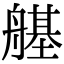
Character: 𦪆